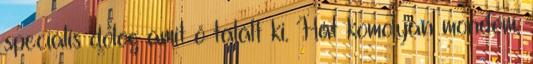
speciális dolog amit ő talált ki. Hát komolyan mondom,